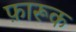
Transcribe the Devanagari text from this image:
फ़ारूक